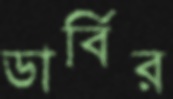
ডার্বির